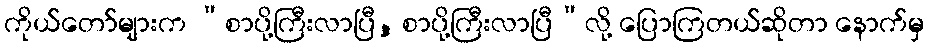
ကိုယ်တော်များက “စာပို့ကြီးလာပြီ, စာပို့ကြီးလာပြီ”လို့ ပြောကြတယ်ဆိုတာ နောက်မှ